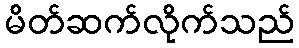
မိတ်ဆက်လိုက်သည်